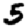
Digit: 5